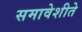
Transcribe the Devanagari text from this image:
समावेशीते